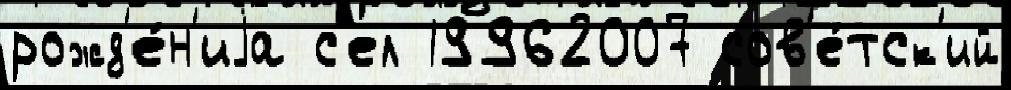
рожд'е́н'иjа с'ел 19962007 сов'е́тск'ий